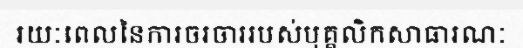
រយៈពេលនៃការចរចាររបស់បុគ្គលិកសាធារណៈ